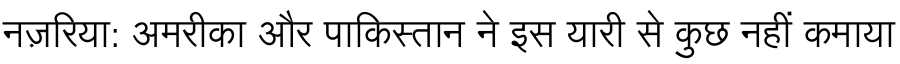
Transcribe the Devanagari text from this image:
नज़रिया: अमरीका और पाकिस्तान ने इस यारी से कुछ नहीं कमाया